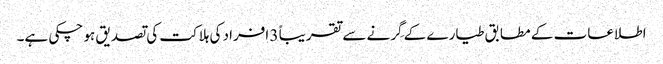
اطلاعات کے مطابق طیارے کے گِرنے سے تقریباً 3 افراد کی ہلاکت کی تصدیق ہو چکی ہے۔